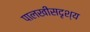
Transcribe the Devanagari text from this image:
पालखीसदृश्य